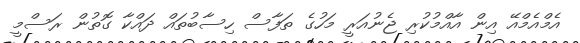
އެމްއެމްއޭ އިން އާއްމުކުރި ޖެނުއަރީ މަހުގެ ތަފާސް ހިސާބުތައް ދައްކާ ގޮތުން ރަސްމީ